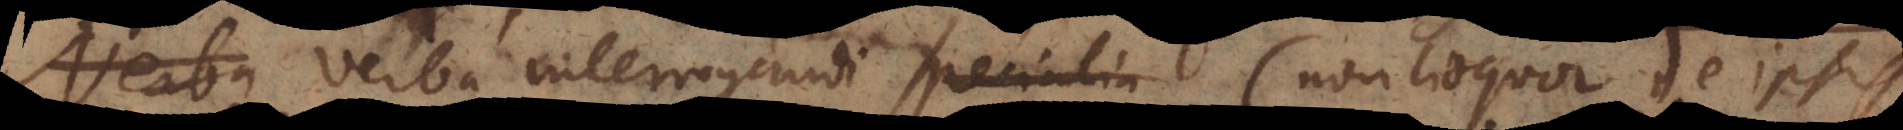
i; verba interrogandi specialia (non loquor de ipsis